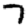
Digit: 7